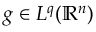
g \in L ^ { q } ( \mathbb { R } ^ { n } )